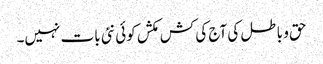
حق و باطل کی آج کی کش مکش کوئی نئی بات نہیں۔